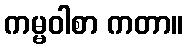
ကမ္မဝါစာ ကတာ။